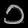
Digit: ၁